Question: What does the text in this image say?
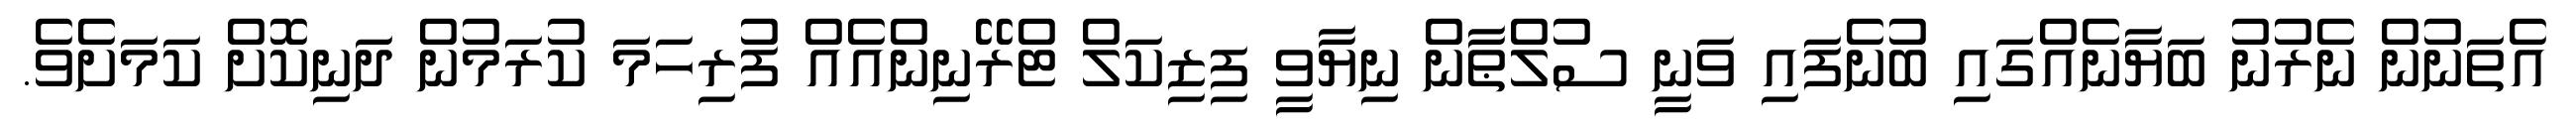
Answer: އެތަނުން ނެރުނު ބަޔާނެއްގައި ބުނެފައި ވަނީ ސުލްޠާން ނިޔާވީ ފިޒިކަލް ޓްރޭނިންއެއް ފުރިހަމަ ކުރަމުން ދަނިކޮށް ކަމަށެވެ.